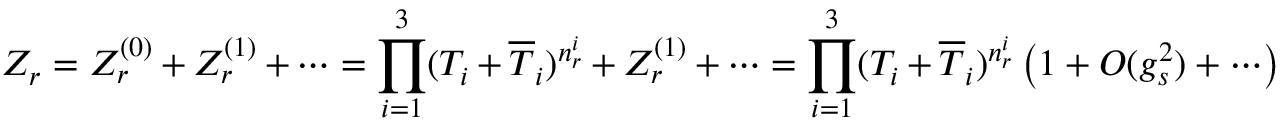
Z _ { r } = Z _ { r } ^ { ( 0 ) } + Z _ { r } ^ { ( 1 ) } + \cdots = \prod _ { i = 1 } ^ { 3 } ( T _ { i } + \overline { { T } } _ { i } ) ^ { n _ { r } ^ { i } } + Z _ { r } ^ { ( 1 ) } + \cdots = \prod _ { i = 1 } ^ { 3 } ( T _ { i } + \overline { { T } } _ { i } ) ^ { n _ { r } ^ { i } } \left( 1 + { \cal O } ( g _ { s } ^ { 2 } ) + \cdots \right)